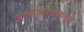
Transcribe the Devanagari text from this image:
जंगलखात्याकडून